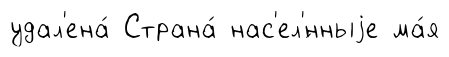
удал'ена́ Страна́ нас'ел'́нныjе ма́я